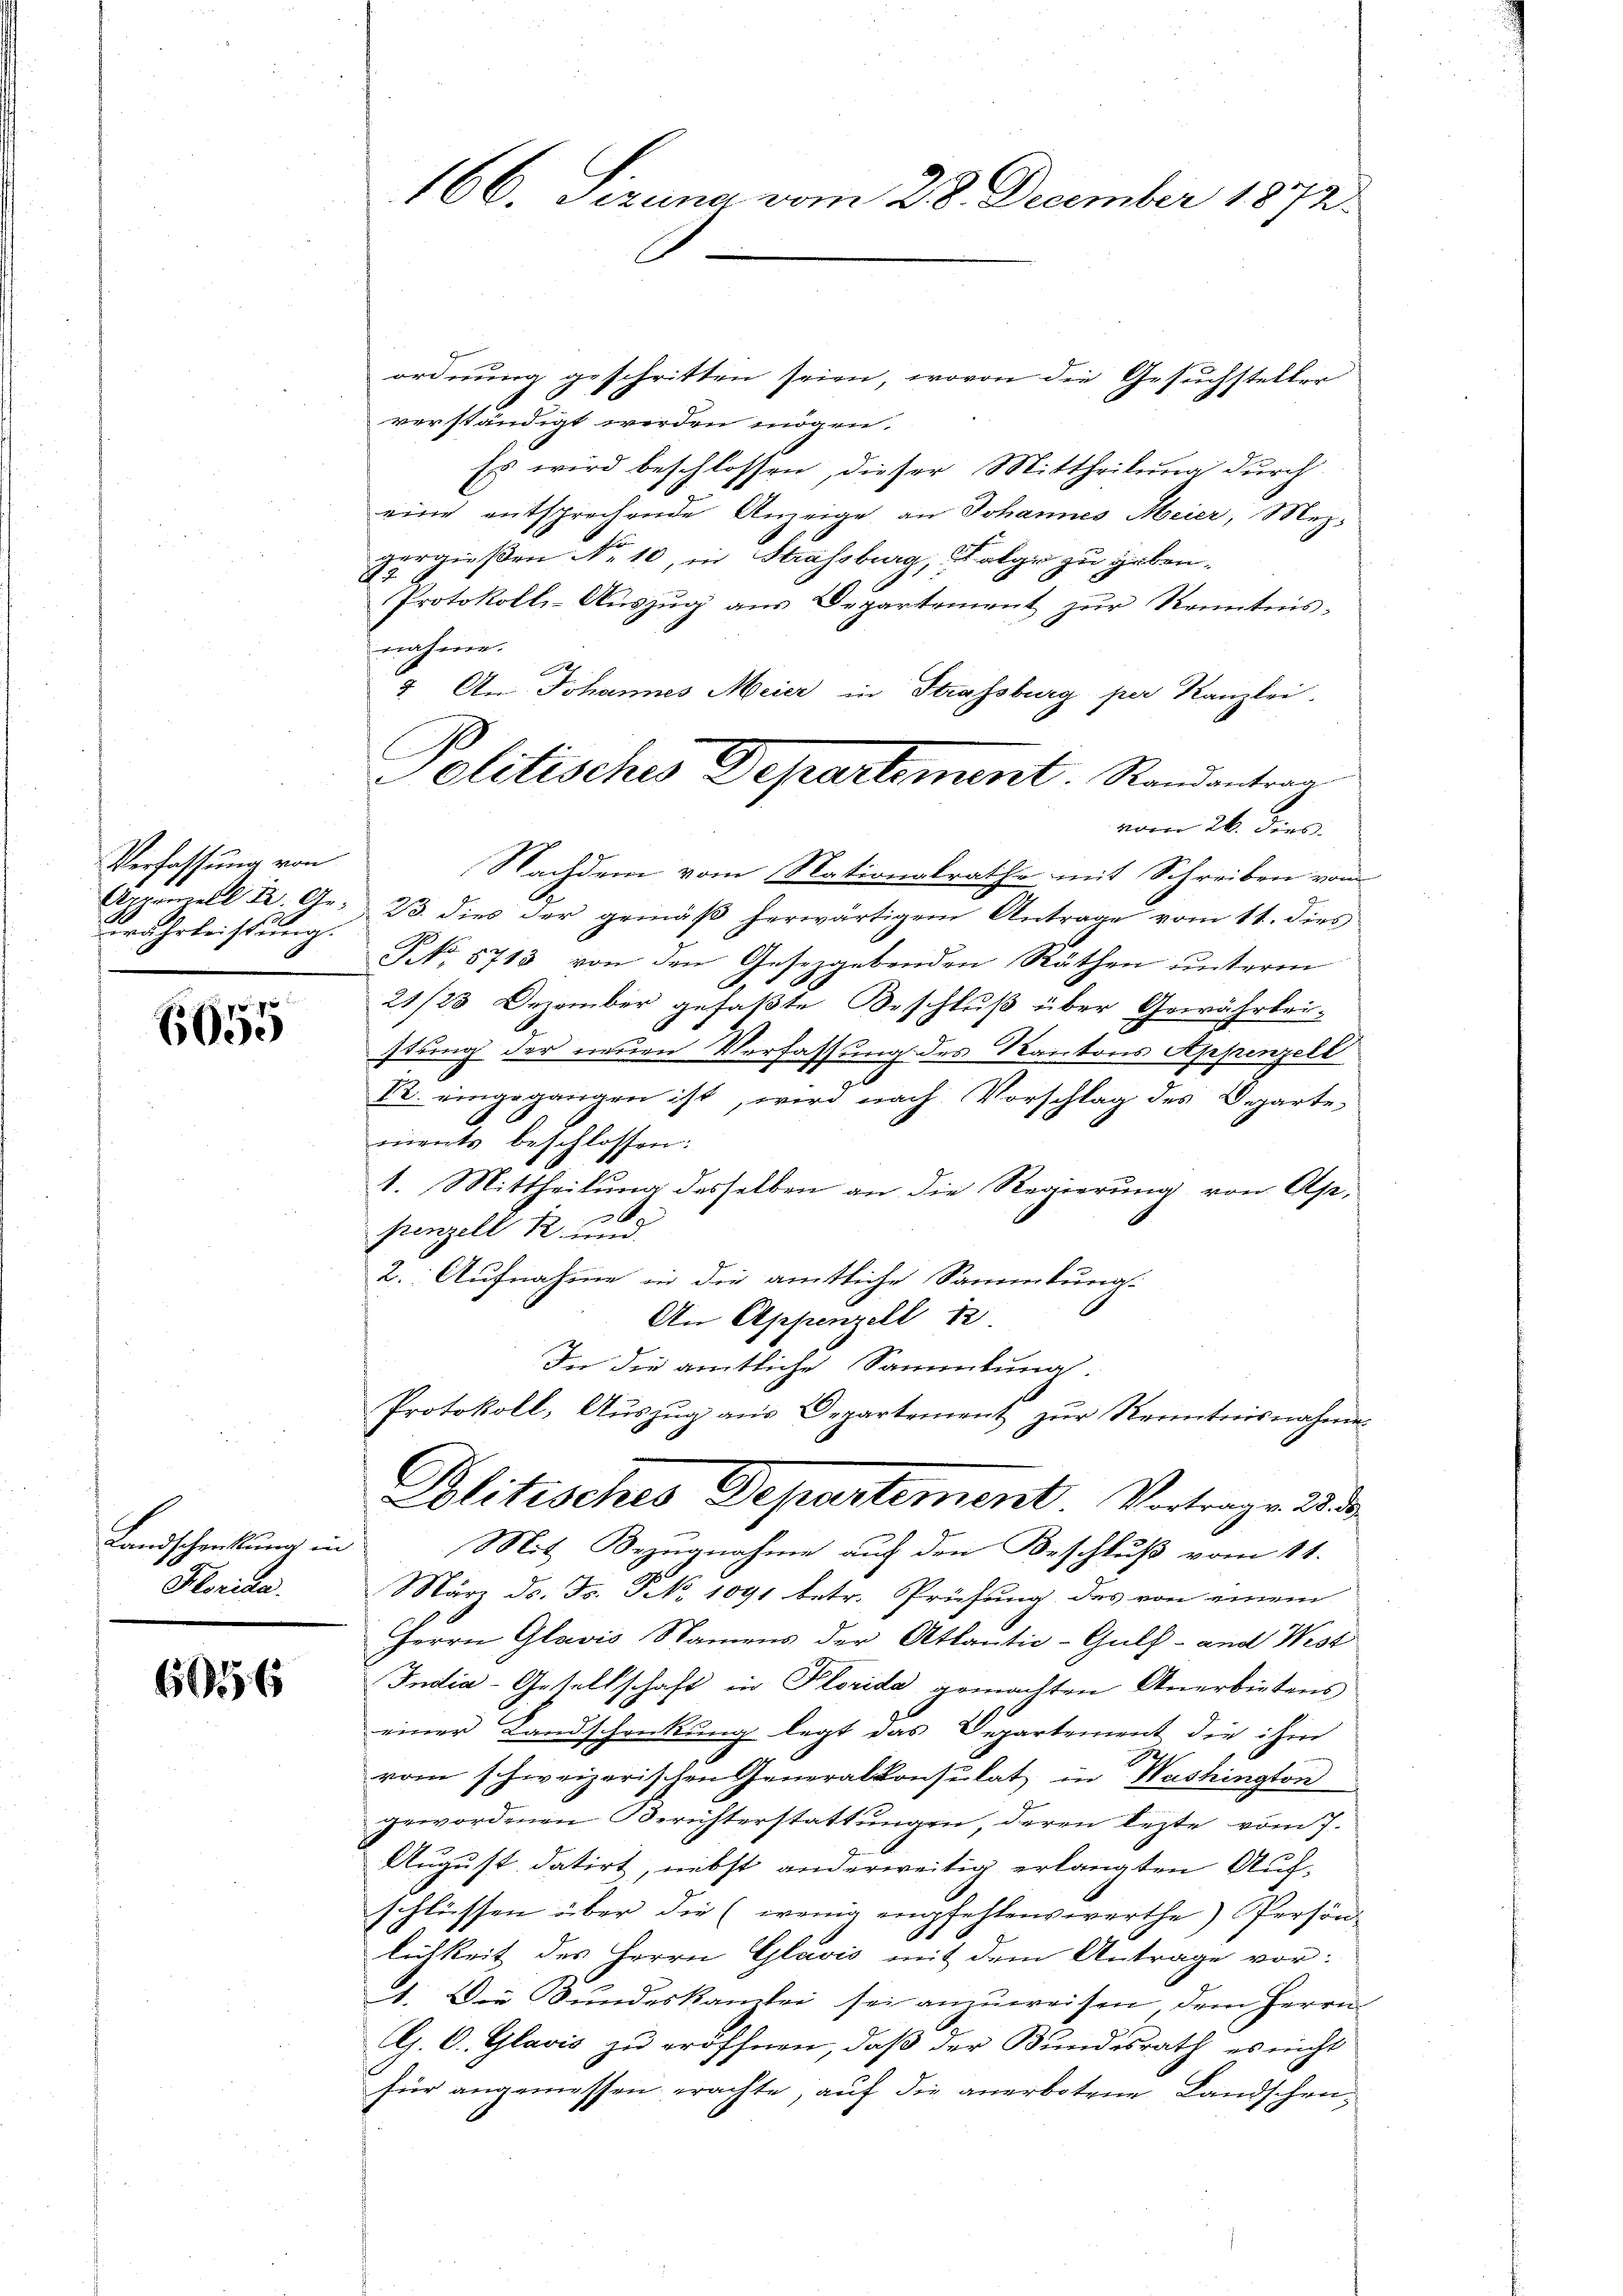
Verfassung von
Appenzell der Gewährleistung.

6055

Landschenkung in
 Florien.

60556

166. Sizung vom 28. December 1872.

ordnung geschritten seien, wovon die Gesuchsteller
verständigt werden mögen.
Es wird beschlossen, dieser Mittheilung durch
eine entsprechende Anzeige an Johannes Meier, Mezvergießen No 10, in Strassburg, Folge zu geben.
Protokolls-Auszug aus Departement zur Kenntnis-
nahme.
x.
2. An Johannes Meier in Strassburg per Kanzlei.
vom 26. ders. |
Nachdem vom Nationalrathe mit Schreiben vom
23. dies der gemäß herwärtigem Antrage vom 11. dies
N No 8713 von den Gesetzgebenden Räthen ŭnterm
21/23 Dezember gefaßte Beschluß über Gewährlei-
stung der neuen Verfassung des Kantons Appenzell
2
Nr. eingegangen ist, wird nach Vorschlag des Departe,
ments beschlossen:
1. Mittheilung desselben an die Regierung von Alp,
.
stenzell R. inn
2. Aufnahme in die amtliche Sammlung:
An Appenzell 12
In die amtliche Sammlung.
Protokoll, Auszug aus Departement zur Kenntnisnahmen
Plitisches Departement Vortrage 23 d
Mit Bezugnahme auf den Beschluß vom 11.
März ds. Fr. NNo. 1091 betr. Prüfung des von einem
Herrn Glavis Namens der Atlantie-Gulf- und West
India-Gesellschaft in Plorida gemachten Anerbietens
einer Landschreckung legt das Departement die ihm
J
vom schweizerischen Generalkonsulat in Washington
gewordenen Berichterstattungen deren lezte vom J
August datirt, nebst anderweitig erlangten Aufschlüssen über die (wenig empfehlenswerthe) Persön-
lichkeit des Herrn Glavis mit dem Antrage vor:
1. Die Bundeskamtei sei anzuweisen dem Herrn
G. O. Glavis zu eröffnen, daß der Bundesrath, es nicht
für angemessen erachte, auf die anerbotene Landschen¬

Politisches Departement Randantrag